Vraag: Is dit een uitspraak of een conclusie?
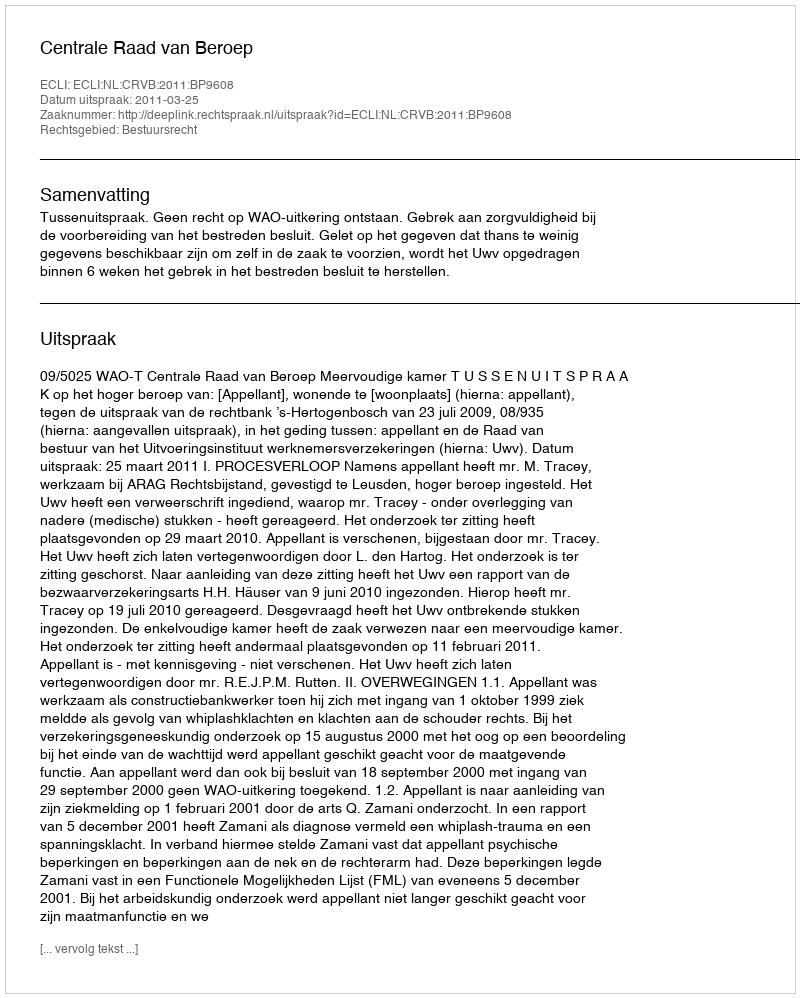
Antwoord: Uitspraak